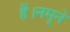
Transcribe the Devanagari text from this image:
हैं।नमूने